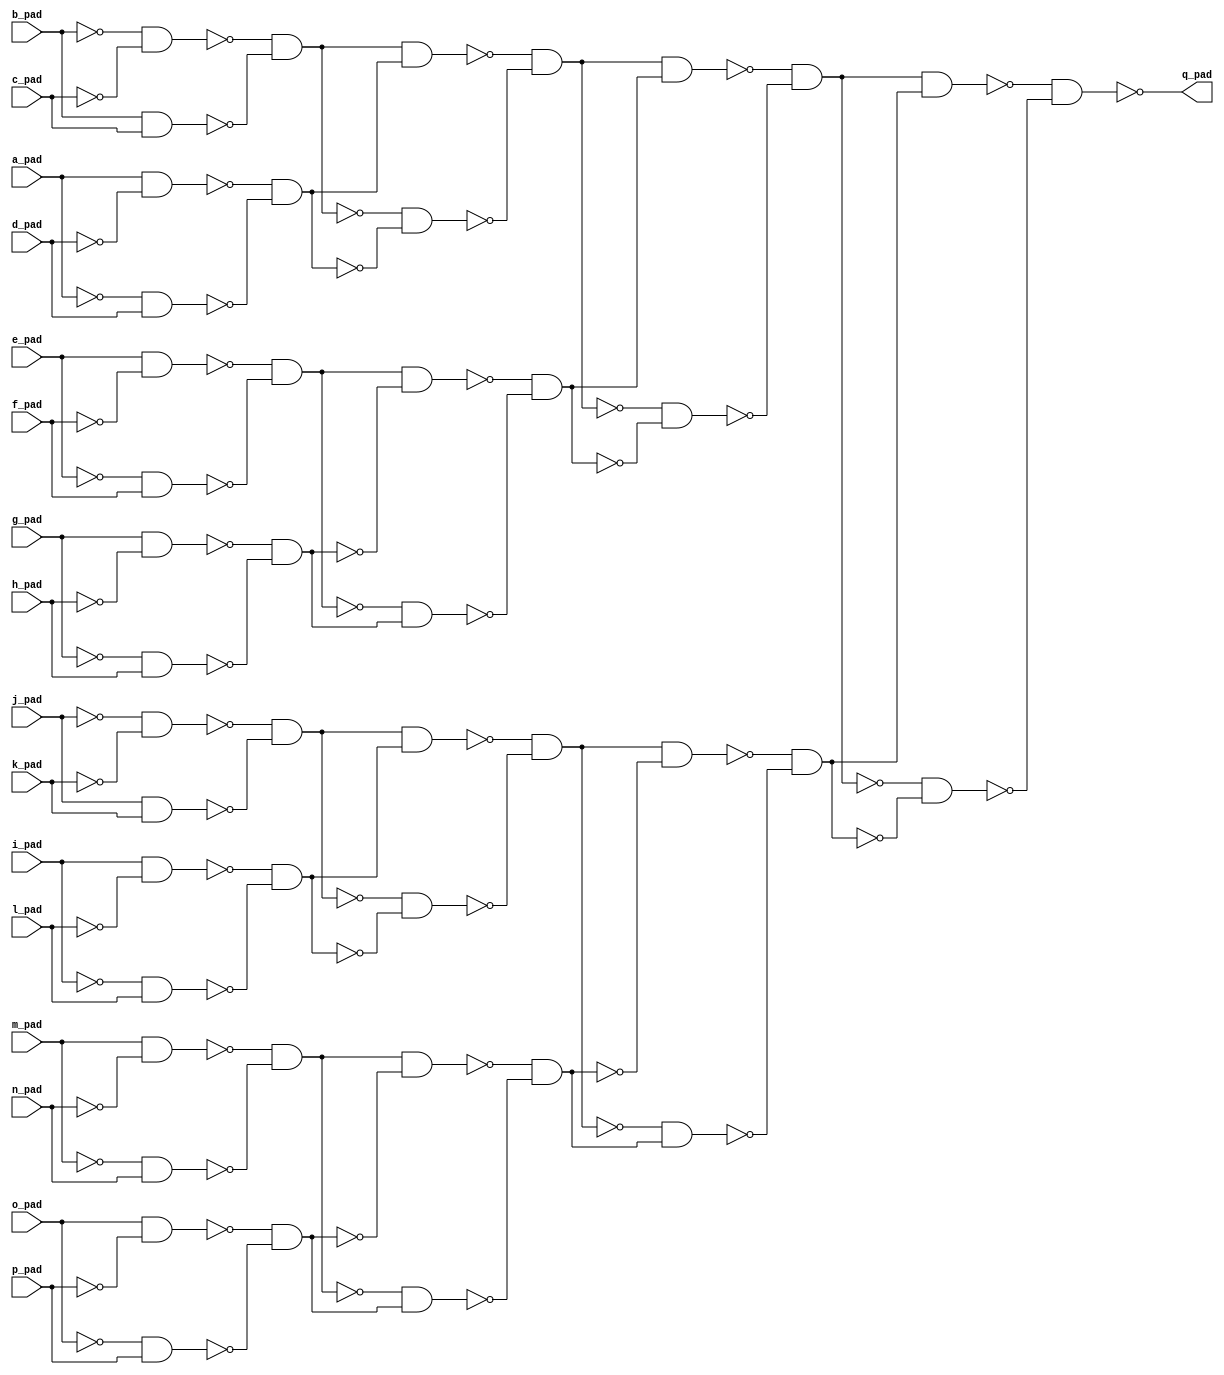
module top( a_pad , b_pad , c_pad , d_pad , e_pad , f_pad , g_pad , h_pad , i_pad , j_pad , k_pad , l_pad , m_pad , n_pad , o_pad , p_pad , q_pad );
  input a_pad ;
  input b_pad ;
  input c_pad ;
  input d_pad ;
  input e_pad ;
  input f_pad ;
  input g_pad ;
  input h_pad ;
  input i_pad ;
  input j_pad ;
  input k_pad ;
  input l_pad ;
  input m_pad ;
  input n_pad ;
  input o_pad ;
  input p_pad ;
  output q_pad ;
  wire n17 , n18 , n19 , n20 , n21 , n22 , n23 , n24 , n25 , n26 , n27 , n28 , n29 , n30 , n31 , n32 , n33 , n34 , n35 , n36 , n37 , n38 , n39 , n40 , n41 , n42 , n43 , n44 , n45 , n46 , n47 , n48 , n49 , n50 , n51 , n52 , n53 , n54 , n55 , n56 , n57 , n58 , n59 , n60 , n61 ;
  assign n17 = ~b_pad & ~c_pad ;
  assign n18 = b_pad & c_pad ;
  assign n19 = ~n17 & ~n18 ;
  assign n20 = a_pad & ~d_pad ;
  assign n21 = ~a_pad & d_pad ;
  assign n22 = ~n20 & ~n21 ;
  assign n23 = n19 & n22 ;
  assign n24 = ~n19 & ~n22 ;
  assign n25 = ~n23 & ~n24 ;
  assign n26 = e_pad & ~f_pad ;
  assign n27 = ~e_pad & f_pad ;
  assign n28 = ~n26 & ~n27 ;
  assign n29 = g_pad & ~h_pad ;
  assign n30 = ~g_pad & h_pad ;
  assign n31 = ~n29 & ~n30 ;
  assign n32 = n28 & ~n31 ;
  assign n33 = ~n28 & n31 ;
  assign n34 = ~n32 & ~n33 ;
  assign n35 = n25 & n34 ;
  assign n36 = ~n25 & ~n34 ;
  assign n37 = ~n35 & ~n36 ;
  assign n38 = ~j_pad & ~k_pad ;
  assign n39 = j_pad & k_pad ;
  assign n40 = ~n38 & ~n39 ;
  assign n41 = i_pad & ~l_pad ;
  assign n42 = ~i_pad & l_pad ;
  assign n43 = ~n41 & ~n42 ;
  assign n44 = n40 & n43 ;
  assign n45 = ~n40 & ~n43 ;
  assign n46 = ~n44 & ~n45 ;
  assign n47 = m_pad & ~n_pad ;
  assign n48 = ~m_pad & n_pad ;
  assign n49 = ~n47 & ~n48 ;
  assign n50 = o_pad & ~p_pad ;
  assign n51 = ~o_pad & p_pad ;
  assign n52 = ~n50 & ~n51 ;
  assign n53 = n49 & ~n52 ;
  assign n54 = ~n49 & n52 ;
  assign n55 = ~n53 & ~n54 ;
  assign n56 = n46 & ~n55 ;
  assign n57 = ~n46 & n55 ;
  assign n58 = ~n56 & ~n57 ;
  assign n59 = n37 & n58 ;
  assign n60 = ~n37 & ~n58 ;
  assign n61 = ~n59 & ~n60 ;
  assign q_pad = ~n61 ;
endmodule